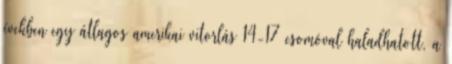
években egy átlagos amerikai vitorlás 14-17 csomóval haladhatott, a